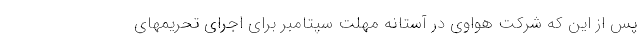
پس از این که شرکت هواوی در آستانه مهلت سپتامبر برای اجرای تحریمهای